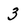
Character: 3